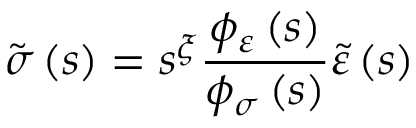
\tilde { \sigma } \left( s \right) = s ^ { \xi } \frac { \phi _ { \varepsilon } \left( s \right) } { \phi _ { \sigma } \left( s \right) } \tilde { \varepsilon } \left( s \right)